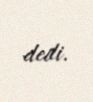
dedi.